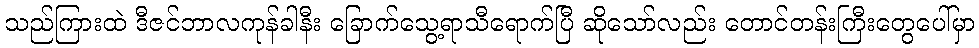
သည်ကြားထဲ ဒီဇင်ဘာလကုန်ခါနီး ခြောက်သွေ့ရာသီရောက်ပြီ ဆိုသော်လည်း တောင်တန်းကြီးတွေပေါ်မှာ